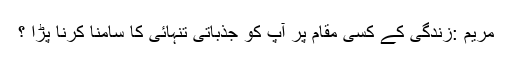
مریم :زندگی کے کسی مقام پر آپ کو جذباتی تنہائی کا سامنا کرنا پڑا ؟